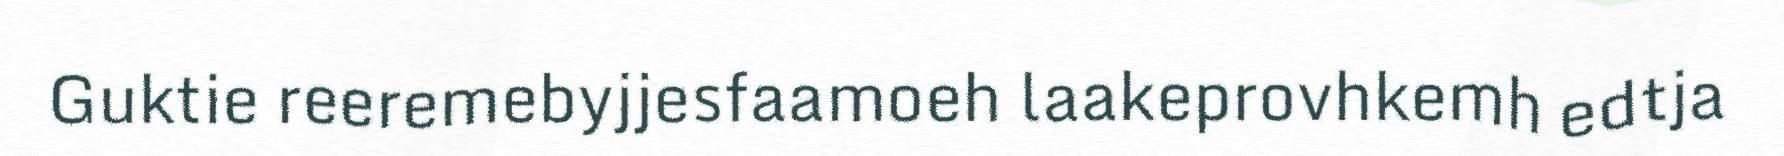
Guktie reeremebyjjesfaamoeh laakeprovhkemh edtja